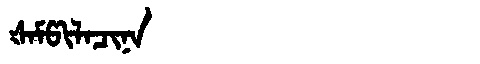
Manchu: ᡧᠠᠮᡦᡳᠯᠠᠴᡳᠨᠠ
Romanization: ŠAMPILACINA